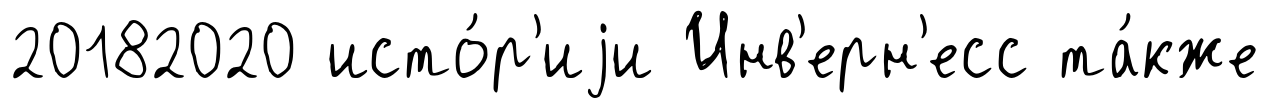
20182020 исто́р'иjи Инв'ерн'есс та́кже